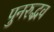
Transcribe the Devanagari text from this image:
पुनरुद्भव